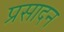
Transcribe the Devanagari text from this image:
प्रसादन